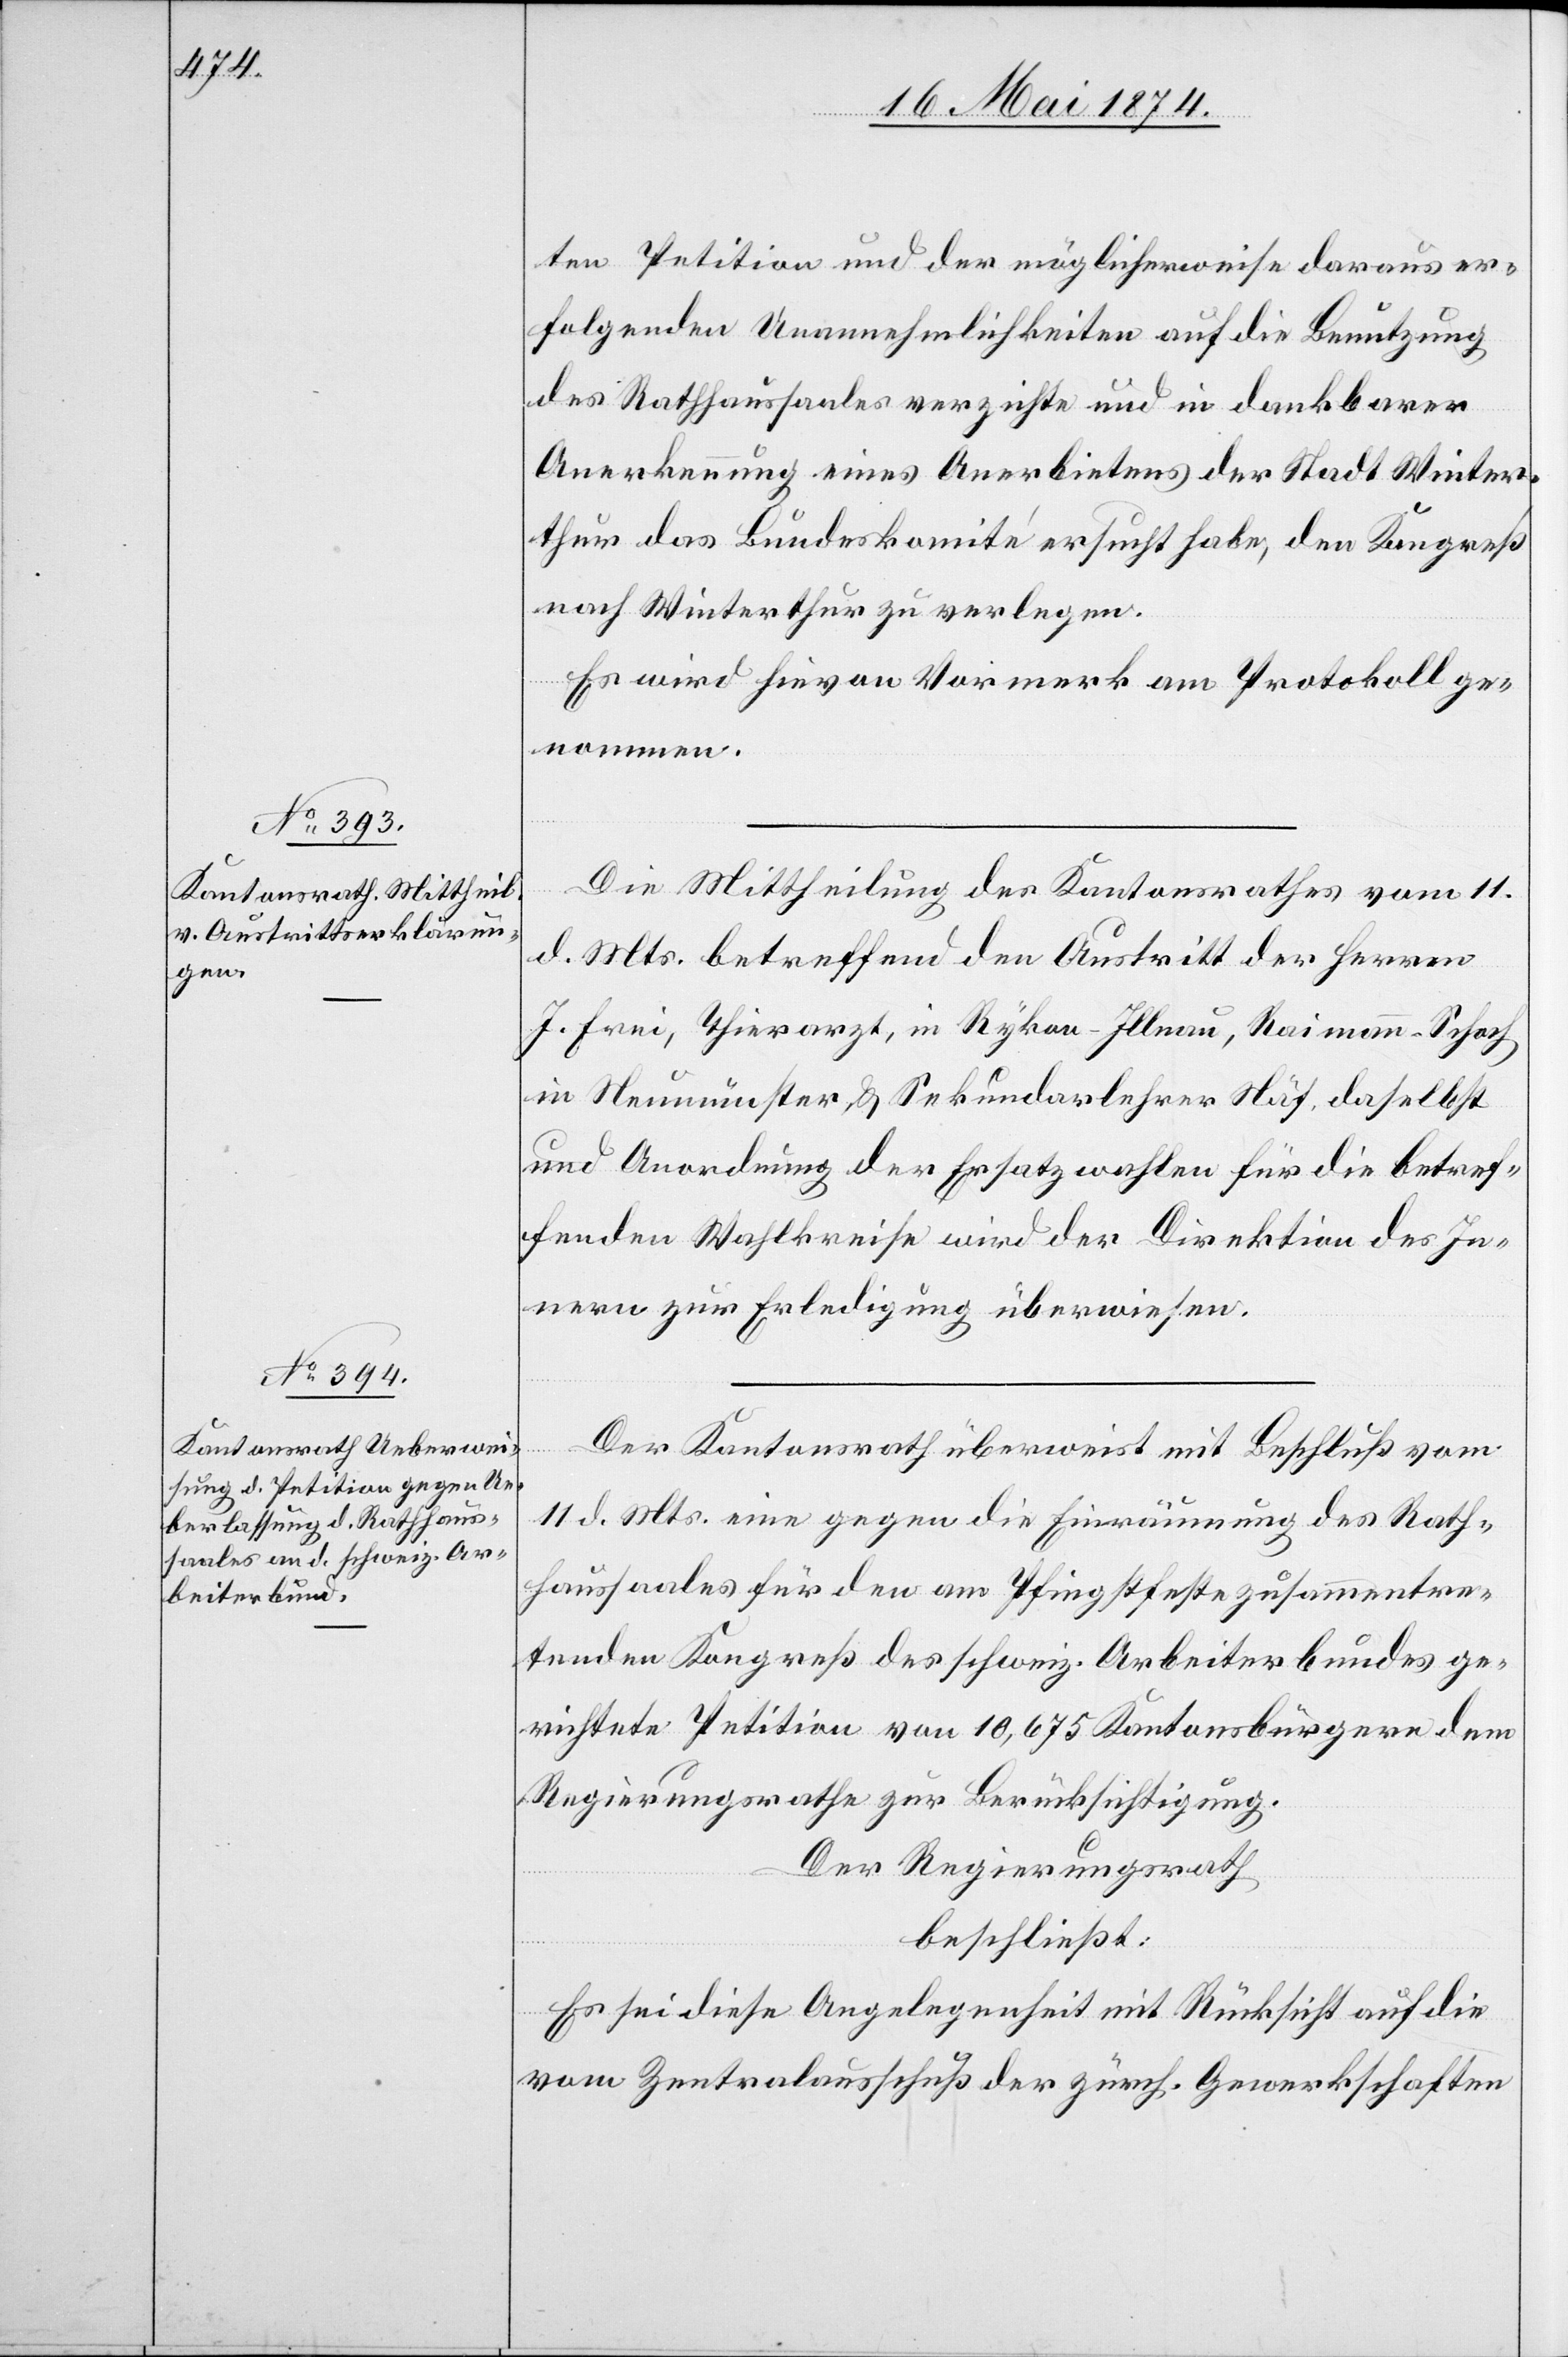
ten Petition und der möglicherweise daraus er¬
folgenden Unannehmlichkeiten auf die Benutzung
des Rathhaussaales verzichte und in dankbarer
Anerkennung eines Anerbietens der Stadt Winter¬
thur das Bundeskomité ersucht habe, den Kongreß
nach Winterthur zu verlegen.
Es wird hievon Vormerk am Protokoll ge¬
nommen.
Die Mittheilung des Kantonsrathes vom 11.
d. Mts. betreffend den Austritt der Herren
J. Frei, Thierarzt, in Rykon-Illnau, Raimann-Schoch
in Neumünster, u. Sekundarlehrer Näf daselbst
und Anordnung der Ersatzwahlen für die betref¬
fenden Wahlkreise wird der Direktion des In¬
nern zur Erledigung überwiesen.
Der Kantonsrath überweist mit Beschluß vom
11. d. Mts. eine gegen die Einräumung des Rath¬
haussaales für den am Pfingstfeste zusammentre¬
tenden Kongreß des schweiz. Arbeiterbundes ge¬
richtete Petition von 10,675 Kantonsbürgern dem
Regierungsrathe zur Berücksichtigung.
Der Regierungsrath
beschließt:
Es sei diese Angelegenheit mit Rücksicht auf die
vom Zentralausschuß der zürch. Gewerkschaften